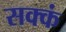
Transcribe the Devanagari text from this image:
सक्कं